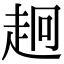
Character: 𧺸